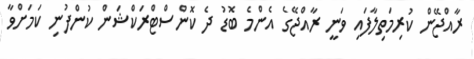
ރާއްޖޭން ކުރިމަތިލާފައި ވަނީ ރާއްޖޭގެ އެންމެ ބޮޑު ދެ ކޮންސްޓްރަކްޝަން ކުންފުނި ކަމަށްވާ